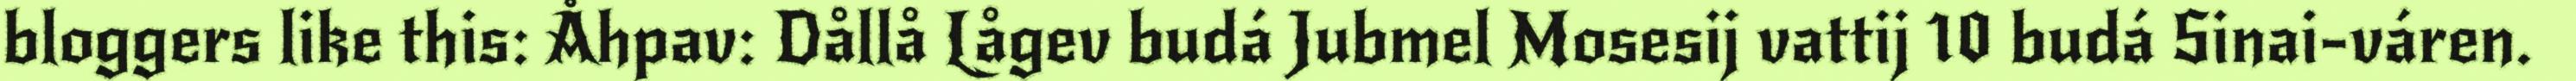
bloggers like this: Åhpav: Dållå Lågev budá Jubmel Mosesij vattij 10 budá Sinai-váren.